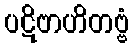
ပဋိဗာဟိတဗ္ဗံ